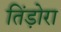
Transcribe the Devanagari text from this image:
तिंड़ोरा